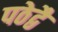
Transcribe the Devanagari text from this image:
पठेद्वै